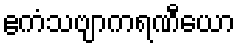
ဧကံသဗျာကရဏီယော